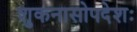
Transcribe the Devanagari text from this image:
शुकनासोपदेशः